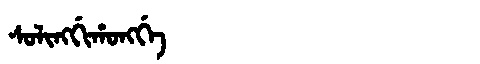
Manchu: ᠰᠣᠯᡳᠩᡤᡳᡥᠣᠩᡤᡝ
Romanization: SOLINGGIHONGGE